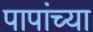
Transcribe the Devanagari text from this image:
पापांच्या